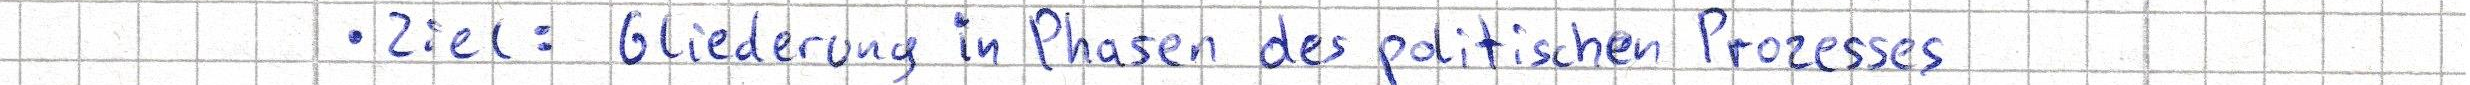
- Ziel: Gliederung in Phasen des politischen Prozesses